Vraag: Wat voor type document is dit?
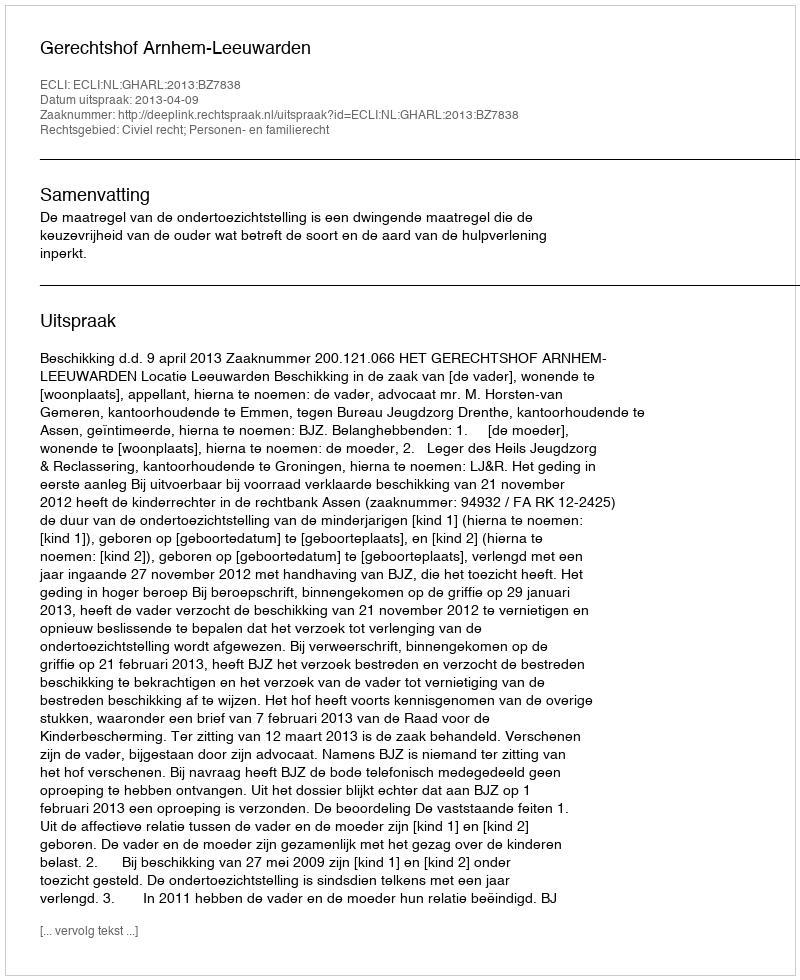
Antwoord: Uitspraak